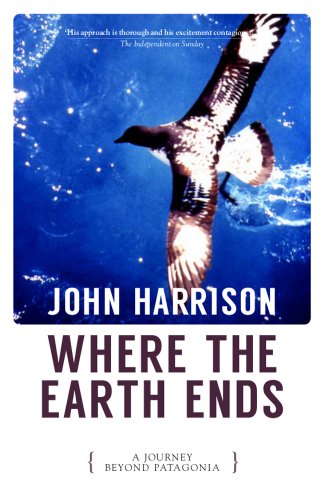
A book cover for Where the Earth Ends; John Harrison; Travel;